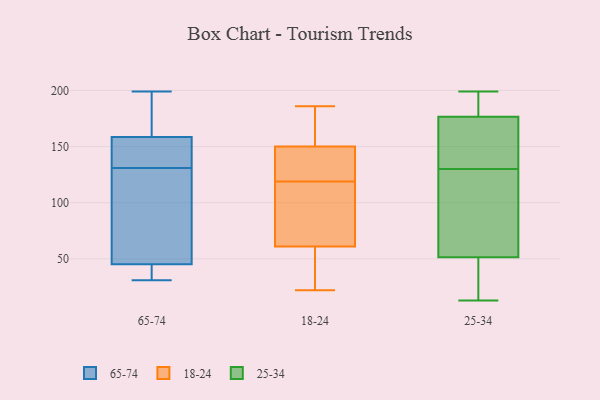
{"axis": {"x": "Tickets Resolved", "y": "Value"}, "legend": ["18-24", "25-34", "65-74"], "data": [{"x": "", "y": 195, "type": "65-74"}, {"x": "", "y": 151, "type": "65-74"}, {"x": "", "y": 169, "type": "65-74"}, {"x": "", "y": 199, "type": "65-74"}, {"x": "", "y": 141, "type": "65-74"}, {"x": "", "y": 155, "type": "65-74"}, {"x": "", "y": 43, "type": "65-74"}, {"x": "", "y": 48, "type": "65-74"}, {"x": "", "y": 42, "type": "65-74"}, {"x": "", "y": 31, "type": "65-74"}, {"x": "", "y": 131, "type": "65-74"}, {"x": "", "y": 106, "type": "65-74"}, {"x": "", "y": 46, "type": "65-74"}, {"x": "", "y": 33, "type": "65-74"}, {"x": "", "y": 194, "type": "65-74"}, {"x": "", "y": 148, "type": "65-74"}, {"x": "", "y": 115, "type": "65-74"}, {"x": "", "y": 186, "type": "18-24"}, {"x": "", "y": 52, "type": "18-24"}, {"x": "", "y": 158, "type": "18-24"}, {"x": "", "y": 131, "type": "18-24"}, {"x": "", "y": 28, "type": "18-24"}, {"x": "", "y": 51, "type": "18-24"}, {"x": "", "y": 70, "type": "18-24"}, {"x": "", "y": 121, "type": "18-24"}, {"x": "", "y": 145, "type": "18-24"}, {"x": "", "y": 116, "type": "18-24"}, {"x": "", "y": 93, "type": "18-24"}, {"x": "", "y": 22, "type": "18-24"}, {"x": "", "y": 117, "type": "18-24"}, {"x": "", "y": 154, "type": "18-24"}, {"x": "", "y": 146, "type": "18-24"}, {"x": "", "y": 155, "type": "18-24"}, {"x": "", "y": 34, "type": "25-34"}, {"x": "", "y": 184, "type": "25-34"}, {"x": "", "y": 199, "type": "25-34"}, {"x": "", "y": 132, "type": "25-34"}, {"x": "", "y": 198, "type": "25-34"}, {"x": "", "y": 15, "type": "25-34"}, {"x": "", "y": 114, "type": "25-34"}, {"x": "", "y": 46, "type": "25-34"}, {"x": "", "y": 191, "type": "25-34"}, {"x": "", "y": 13, "type": "25-34"}, {"x": "", "y": 91, "type": "25-34"}, {"x": "", "y": 152, "type": "25-34"}, {"x": "", "y": 125, "type": "25-34"}, {"x": "", "y": 168, "type": "25-34"}, {"x": "", "y": 128, "type": "25-34"}, {"x": "", "y": 167, "type": "25-34"}, {"x": "", "y": 39, "type": "25-34"}, {"x": "", "y": 184, "type": "25-34"}, {"x": "", "y": 57, "type": "25-34"}, {"x": "", "y": 169, "type": "25-34"}]}